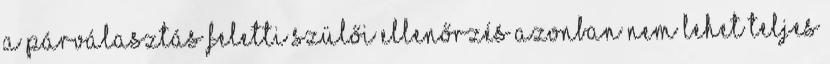
A párválasztás feletti szülői ellenőrzés azonban nem lehet teljes